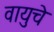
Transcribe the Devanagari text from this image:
वायुचे